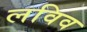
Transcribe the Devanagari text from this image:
लविव